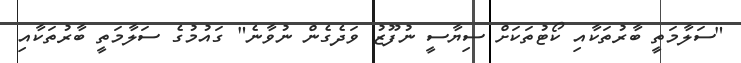
"ސަލާމަތީ ބާރުތަކާއި ކޯޓުތަކަށް ސިޔާސީ ނުފޫޒު ވަދެގެން ނުވާނެ" ގައުމުގެ ސަލާމަތީ ބާރުތަކާއި